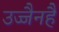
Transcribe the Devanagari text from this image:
उज्जैनहै